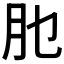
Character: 𦘮